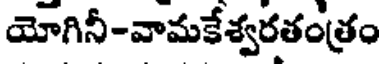
యోగినీ-వామకేశ్వరతంత్రం